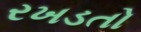
રખડતો